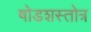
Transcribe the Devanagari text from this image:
षोडशस्तोत्र